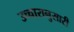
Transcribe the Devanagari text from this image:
उच्चारानुसारी